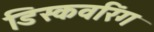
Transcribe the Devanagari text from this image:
डिस्कवरिंग